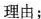
理由；